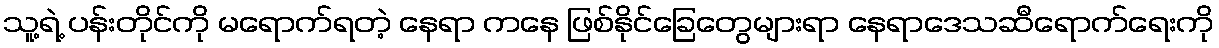
သူ့ရဲ့ ပန်းတိုင်ကို မရောက်ရတဲ့ နေရာ ကနေ ဖြစ်နိုင်ခြေတွေများရာ နေရာဒေသဆီရောက်ရေးကို